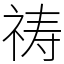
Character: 祷